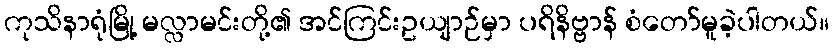
ကုသိနာရုံမြို့ မလ္လာမင်းတို့၏ အင်ကြင်းဥယျာဉ်မှာ ပရိနိဗ္ဗာန် စံတော်မူခဲ့ပါတယ်။